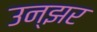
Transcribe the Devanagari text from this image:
उन्झर